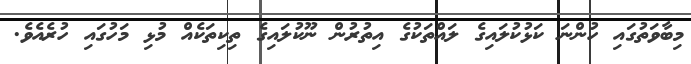
މިބާވަތުގައި ހުންނަ ކަޅުކުލައިގެ ލައްތަކުގެ އިތުރުން ނޫކުލައިގެ ތިކިތަކެއް މުޅި މަހުގައި ހުރެއެވެ.